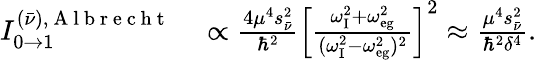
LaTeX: \begin{array}{rl}{I_{0\to 1}^{(\bar{\nu}),\mathrm{~A~l~b~r~e~c~h~t~}}}&{{}\propto\frac{4\mu^{4}s_{\bar{\nu}}^{2}}{\hbar^{2}}\left[\frac{\omega_{\mathrm{{I}}}^{2}+\omega_{\mathrm{{eg}}}^{2}}{(\omega_{\mathrm{{I}}}^{2}-\omega_{\mathrm{{eg}}}^{2})^{2}}\right]^{2}\approx\frac{\mu^{4}s_{\bar{\nu}}^{2}}{\hbar^{2}\delta^{4}}.}\end{array}